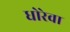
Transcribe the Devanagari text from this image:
धोरेवा